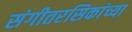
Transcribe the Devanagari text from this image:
संगीतरसिकांच्या